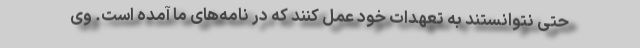
حتی نتوانستند به تعهدات خود عمل کنند که در نامه‌های ما آمده است. وی